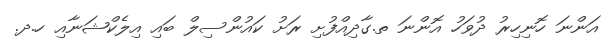
އަންނަ ހޮނިހިރު ދުވަހު އޮންނަ ތ.ގާދިއްފުށި ރަށު ކައުންސިލް ބައި އިލެކްޝަނާއި ހ.ދ.